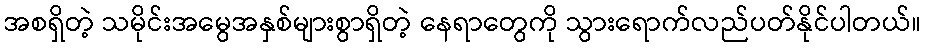
အစရှိတဲ့ သမိုင်းအမွေအနှစ်များစွာရှိတဲ့ နေရာတွေကို သွားရောက်လည်ပတ်နိုင်ပါတယ်။